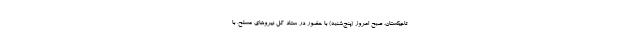
تاجیکستان، صبح امروز (پنج‌شنبه) با حضور در ستاد کل نیروهای مسلح، با